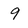
Character: 9